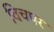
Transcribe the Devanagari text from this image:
विचपर